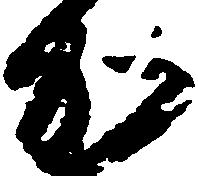
加